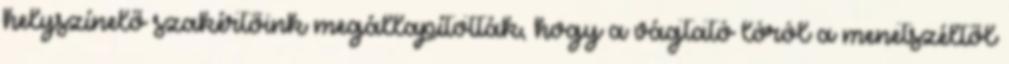
helyszínelő szakértőink megállapították, hogy a vágtató lóról a menetszéltől